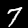
Label: 7